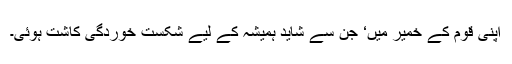
اپنی قوم کے خمیر میں‘ جن سے شاید ہمیشہ کے لیے شکست خوردگی کاشت ہوئی۔